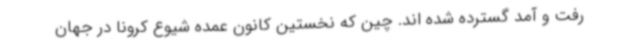
رفت و آمد گسترده شده اند. چین که نخستین کانون عمده شیوع کرونا در جهان